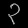
Digit: ၃